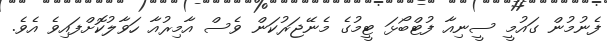
ފެނުމުން ގައުމީ ސީނިއާ ފުޓްބޯޅަ ޓީމުގެ މެނޭޖަރުކަން ވެސް އާމިރުއާ ހަވާލުކޮށްފައިވެ އެވެ.